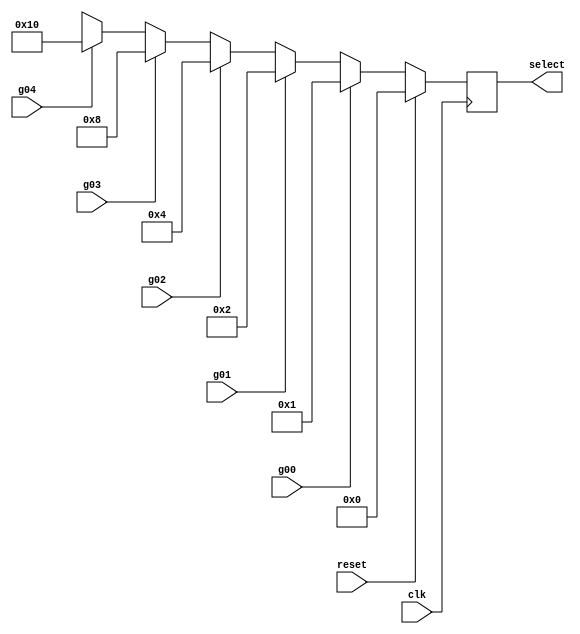
`timescale 1ns / 1ps
//////////////////////////////////////////////////////////////////////////////////
// Company: 
// Engineer: 
// 
// Design Name: 
// Module Name:    selector 
// Project Name: 
// Target Devices: 
// Tool versions: 
// Description: 
//
// Dependencies: 
//
// Revision: 
// Revision 0.01 - File Created
// Additional Comments: 
//
//////////////////////////////////////////////////////////////////////////////////
module selector( g00, g01, g02, g03, g04, 
                // g10, g11, g12, g13, g14, 
					 // g20, g21, g22, g23, g24, 
					 // g30, g31, g32, g33, g34, 
					//  g40, g41, g42, g43, g44,
                  select, clk, reset //, flag2	  
    );
input g00, g01, g02, g03, g04;
input clk, reset;
//(* KEEP = "TRUE" *) input flag2;
(* KEEP = "TRUE" *) output reg[4:0] select;


always @ (posedge clk) //g00 or g01 or g02 or g03 or g04)
begin
if(reset)
begin
select = 5'b00000;
end
else if(g00==1)
begin
select = 5'b00001;
end
else if(g01==1)
begin
select = 5'b00010;
end
else if(g02==1)
begin
select = 5'b00100;
end
else if(g03==1)
begin
select = 5'b01000;
end
else if(g04==1)
begin
select = 5'b10000;
end
else
begin
select = 5'bxxxxx;
//$display("g00, g01, g02, g03, g04 %b, %b, %b, %b, %t", g00, g01, g02, g03, g04, $time);
end
end
endmodule